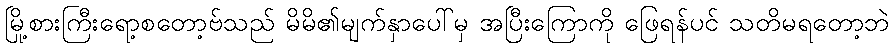
မြို့စားကြီးရော့စတော့ဗ်သည် မိမိ၏မျက်နှာပေါ်မှ အပြီးကြောကို ဖြေရန်ပင် သတိမရတော့ဘဲ